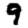
Digit: 9